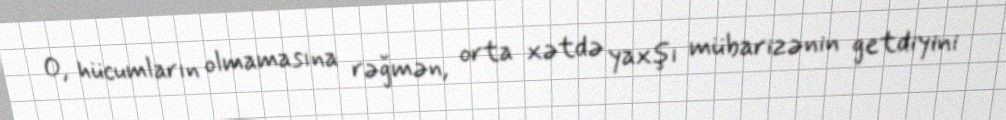
O, hücumların olmamasına rəğmən, orta xətdə yaxşı mübarizənin getdiyini